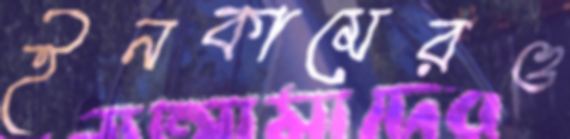
ইনকামেরও